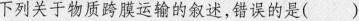
下列关于物质跨膜运输的叙述，错误的是()